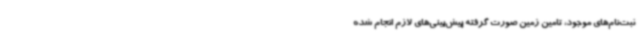
ثبت‌نام‌های موجود، تامین زمین صورت گرفته پیش‌بینی‌های لازم انجام شده